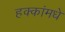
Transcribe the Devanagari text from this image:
हक्कांमधे